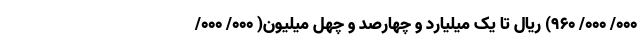
۰۰۰/ ۰۰۰/ ۹۶۰) ریال تا یک میلیارد و چهارصد و چهل میلیون( ۰۰۰/ ۰۰۰/